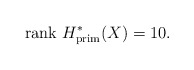
\begin{align*}\mathrm{rank}\ H^*_{\mathrm{prim}}(X)=10.\end{align*}